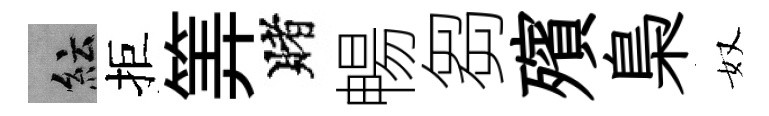
紜拒筭賭暢芻殯梟奴